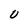
Character: 0